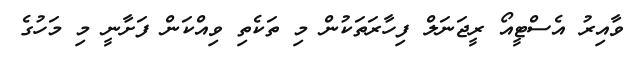
ވާއިރު އެސްޓީއޯ ރީޖަނަލް ފިހާރަތަކުން މި ތަކެތި ވިއްކަން ފަށާނީ މި މަހުގެ